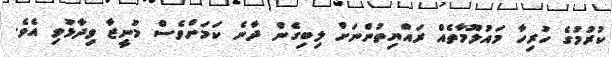
ކުރުމުގެ ހުރިހާ މައުލޫމާތެއް ރައްޔިތުންނަށް ލިބިގެން ދާނެ ކަމަށްވެސް މުނީޒާ ވިދާޅުވި އެވެ.